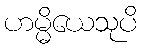
ဟမ္မိယေသုပိ